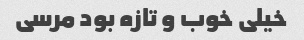
خیلی خوب و تازه بود مرسی